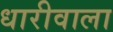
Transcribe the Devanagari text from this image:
धारीवाला